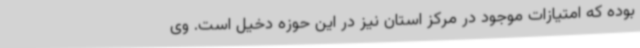
بوده که امتیازات موجود در مرکز استان نیز در این حوزه دخیل است. وی